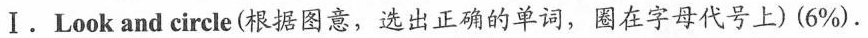
Ⅰ.Look and circle(根据图意,选出正确的单词,圈在字母代号上)